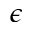
\epsilon